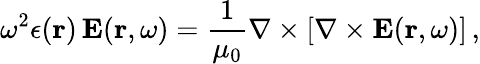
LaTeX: \omega^{2}\epsilon({\mathbf r})\, {\mathbf E}({\mathbf r},\omega)=\frac{1}{\mu_{0}}\nabla\times[\nabla\times{\mathbf E}({\mathbf r},\omega)]\, ,